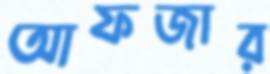
আফজার